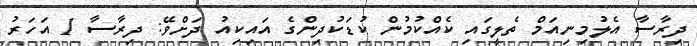
ދިރާސާ އެލުމިނިއަމް ތެލީގައި ކެއްކުމުން ކުޑަކުދިންގެ އައިކިއު ދަށްވޭ: ދިރާސާ 1 އަހަރު